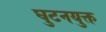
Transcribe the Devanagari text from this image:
घुटनयुक्त